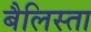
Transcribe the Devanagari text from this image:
बैलिस्ता